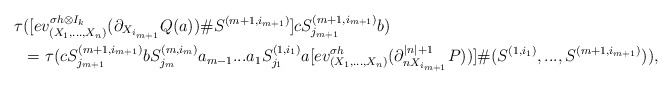
\begin{align*}\tau&([ev_{(X_1,...,X_n)}^{\sigma h\otimes I_k}(\partial_{X_{i_{m+1}}}Q(a))\#S^{(m+1,i_{m+1})}]cS^{(m+1,i_{m+1})}_{j_{m+1}}b)\\&=\tau(cS^{(m+1,i_{m+1})}_{j_{m+1}}bS^{(m,i_m)}_{j_m}a_{m-1}...a_1S^{(1,i_1)}_{j_1}a[ev_{(X_1,...,X_n)}^{\sigma h}(\partial_{nX_{i_{m+1}}}^{|n|+1}P))]\#(S^{(1,i_1)},...,S^{(m+1,i_{m+1})})),\end{align*}